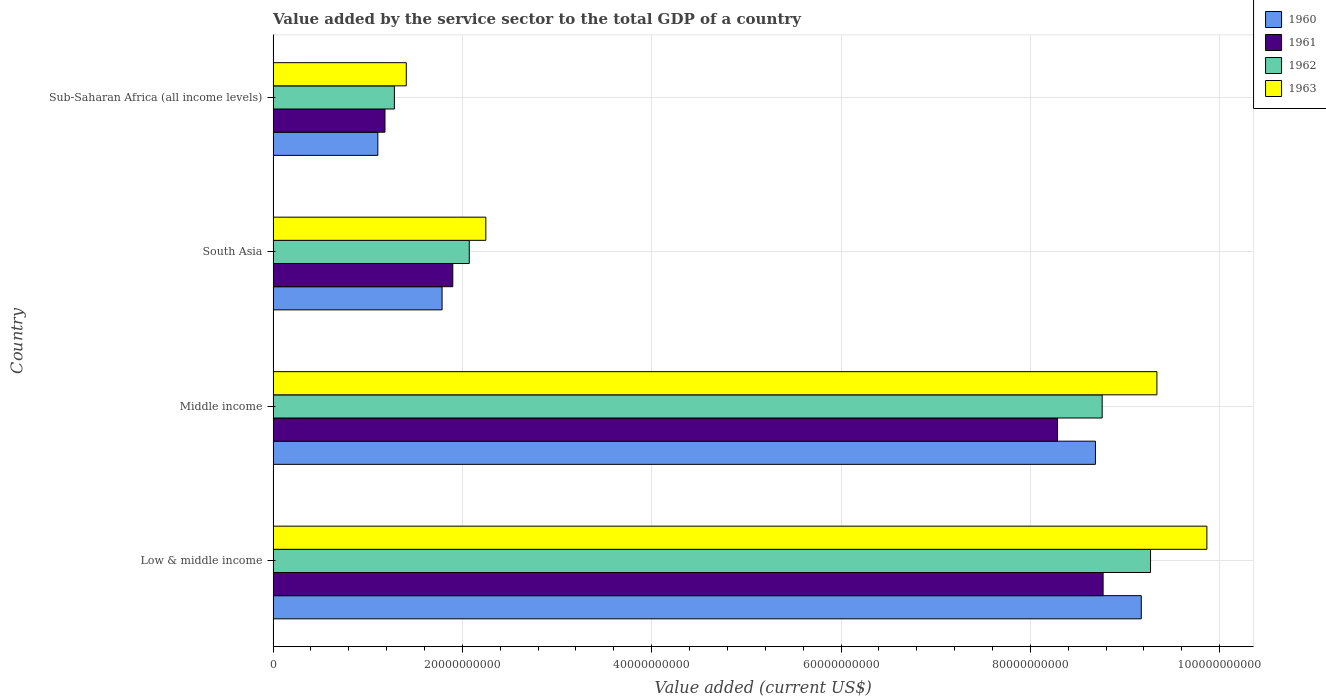
| Country | 1960 | 1961 | 1962 | 1963 |
 | --- | --- | --- | --- | --- |
 | Low & middle income | 9.17e+10 | 8.77e+10 | 9.27e+10 | 9.87e+10 |
 | Middle income | 8.69e+10 | 8.29e+10 | 8.76e+10 | 9.34e+10 |
 | South Asia | 1.79e+10 | 1.9e+10 | 2.07e+10 | 2.25e+10 |
 | Sub-Saharan Africa (all income levels) | 1.11e+10 | 1.18e+10 | 1.28e+10 | 1.41e+10 |